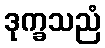
ဒုက္ခသညံ